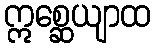
ဣစ္ဆေယျာထ